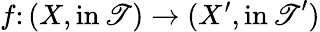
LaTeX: f\colon(X,\operatorname{in\mathscr{T}})\to(X^{\prime},\operatorname{in\mathscr{T}}^{\prime})